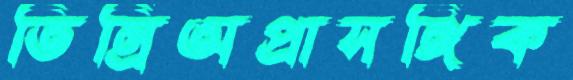
তিন্রিঅপ্রাসঙ্গিক